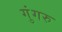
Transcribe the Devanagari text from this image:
गुंगरु